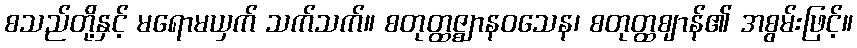
စသည်တို့နှင့် မရောမယှက် သက်သက်။ စတုတ္ထဇ္ဈာနဝသေန၊ စတုတ္ထဈာန်၏ အစွမ်းဖြင့်။